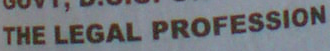
THE LEGAL PROFESSION